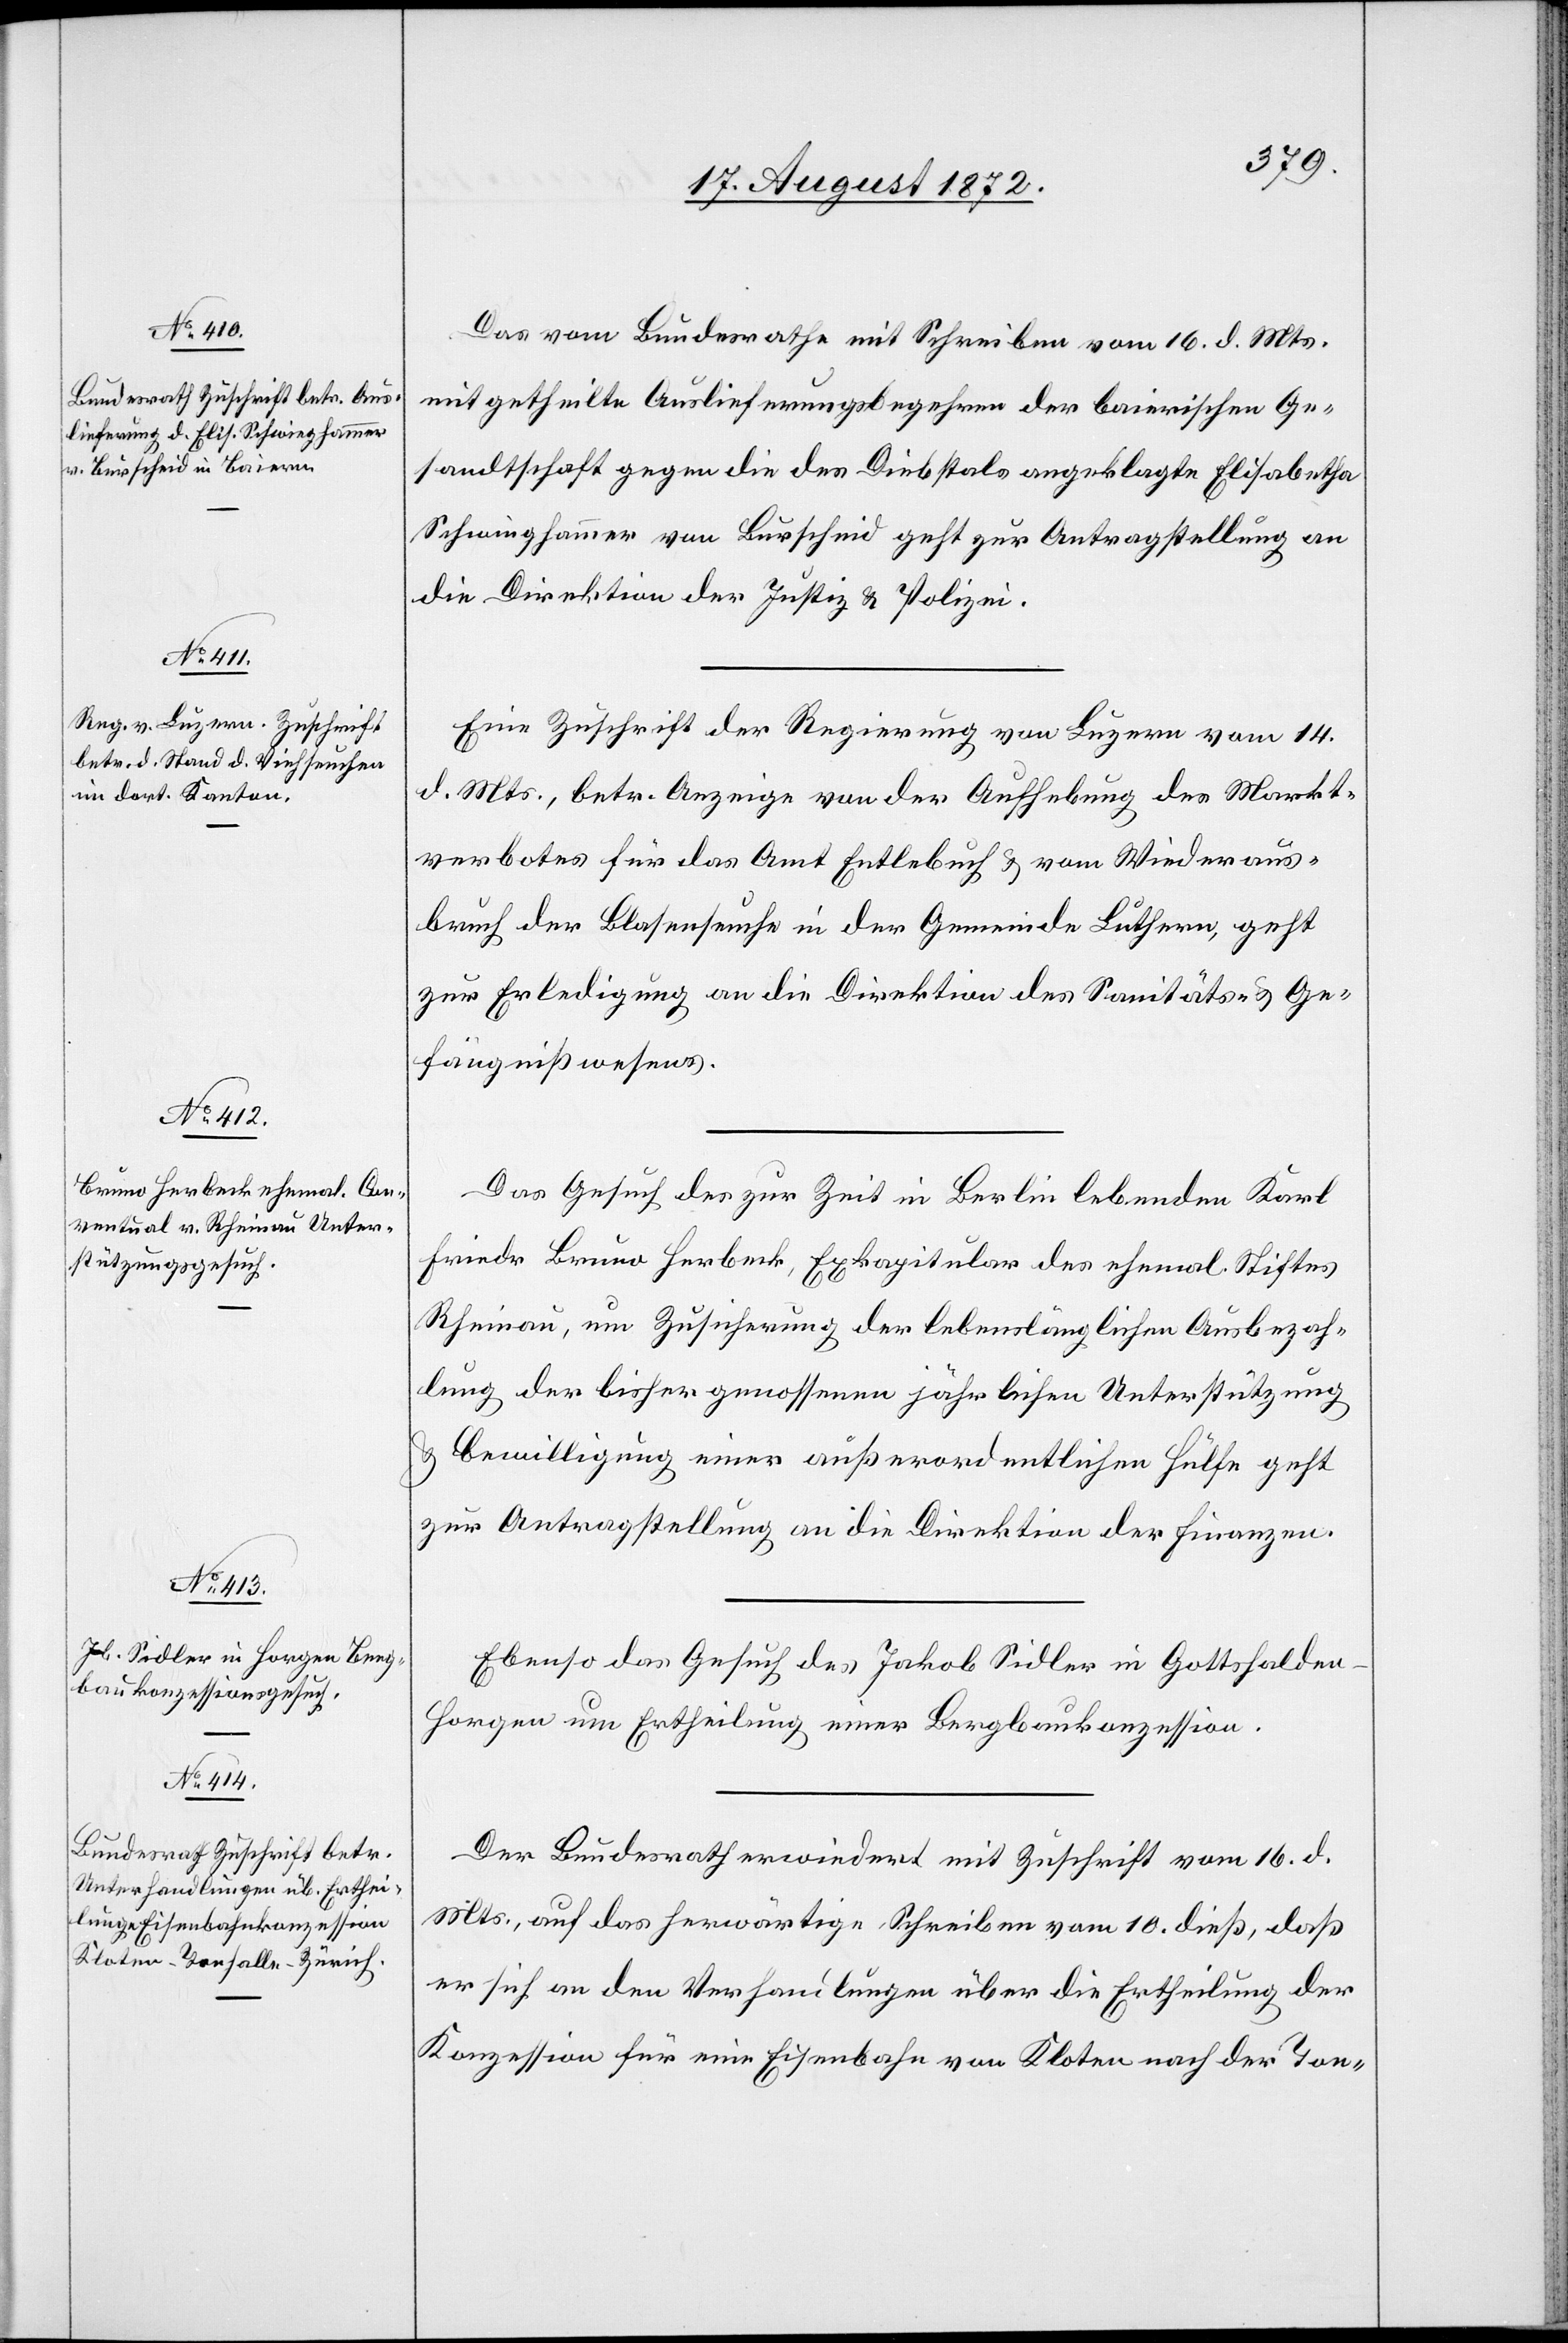
19. August 1872.
Das vom Bundesrathe mit Schreiben vom 16. d. Mts.
mitgetheilte Auslieferungsbegehren der baierischen Ge¬
sandtschaft gegen die des Diebstals angeklagten Elisabetha
Schwinghammer von Burscheid geht zur Antragstellung an
die Direktion der Justiz u. Polizei.
Eine Zuschrift der Regierung von Luzern vom 14.
d. Mts., betr. Anzeige von der Aufhebung des Mark¬
verbotes für das Amt Entlebuch u. vom Wiederaus¬
bruch der Blasenseuche in der Gemeinde Luthern, geht
zur Erledigung an die Direktion des Sanitäts- u. Ge¬
fängnißwesens.
Das Gesuch des zur Zeit in Berlin lebenden Karl
Friedr. Bruno Herbeck, Exkapitular des ehemal. Stiftes
Rheinau, um Zusicherung der lebenslänglichen Ausbezah¬
lung der bisher genossenen jährlichen Unterstützung
u. Bewilligung einer außerordentlichen Hülfe geht
zur Antragstellung an die Direktion der Finanzen.
Ebenso das Gesuch des Jakob Sidler in Gottshalde¬
n-Horgen um Ertheilung einer Bergbaukonzession.
Der Bundesrath erwiedert mit Zuschrift vom 16. d.
Mts., auf das herwärtige Schreiben vom 10. dieß, daß
er sich an den Verhandlungen über die Ertheilung der
Konzession für eine Eisenbahn von Kloten nach der Ton-